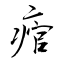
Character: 痯